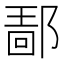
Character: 𰻴